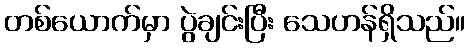
တစ်ယောက်မှာ ပွဲချင်းပြီး သေဟန်ရှိသည်။